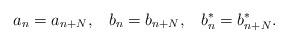
LaTeX: \begin{align*}a_{n}=a_{n+N},\;\;\;b_{n}=b_{n+N},\;\;\;b_{n}^{*}=b_{n+N}^{*}.\end{align*}